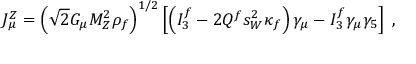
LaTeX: J _ { \mu } ^ { Z } = \left( \sqrt { 2 } G _ { \mu } M _ { Z } ^ { 2 } \rho _ { f } \right) ^ { 1 / 2 } \left[ \left( I _ { 3 } ^ { f } - 2 Q ^ { f } s _ { W } ^ { 2 } \kappa _ { f } \right) \gamma _ { \mu } - I _ { 3 } ^ { f } \gamma _ { \mu } \gamma _ { 5 } \right] \; ,